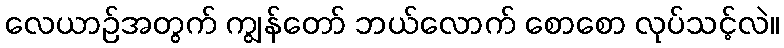
လေယာဉ်အတွက် ကျွန်တော် ဘယ်လောက် စောစော လုပ်သင့်လဲ။